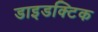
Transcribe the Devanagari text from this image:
डाइडक्टिक